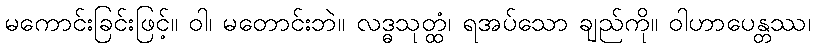
မကောင်းခြင်းဖြင့်။ ဝါ၊ မတောင်းဘဲ။ လဒ္ဓသုတ္ထံ၊ ရအပ်သော ချည်ကို။ ဝါဟာပေန္တဿ၊